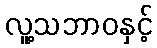
လူ့သဘာဝနှင့်